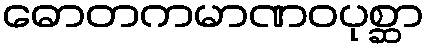
ဓောတကမာဏဝပုစ္ဆာ